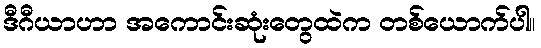
ဒီဂီယာဟာ အကောင်းဆုံးတွေထဲက တစ်ယောက်ပါ။